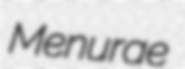
Menurae